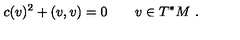
c ( v ) ^ { 2 } + ( v , v ) = 0 \qquad v \in T ^ { * } M \ .